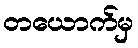
တယောက်မှ